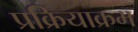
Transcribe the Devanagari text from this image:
प्रक्रियाक्रम